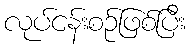
လုပ်ငန်းစဉ်ဖြစ်ပြီး